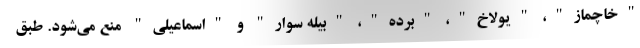
"خاچماز"، "یولاخ"، "برده"، "بیله سوار" و "اسماعیلی" منع می‌شود. طبق